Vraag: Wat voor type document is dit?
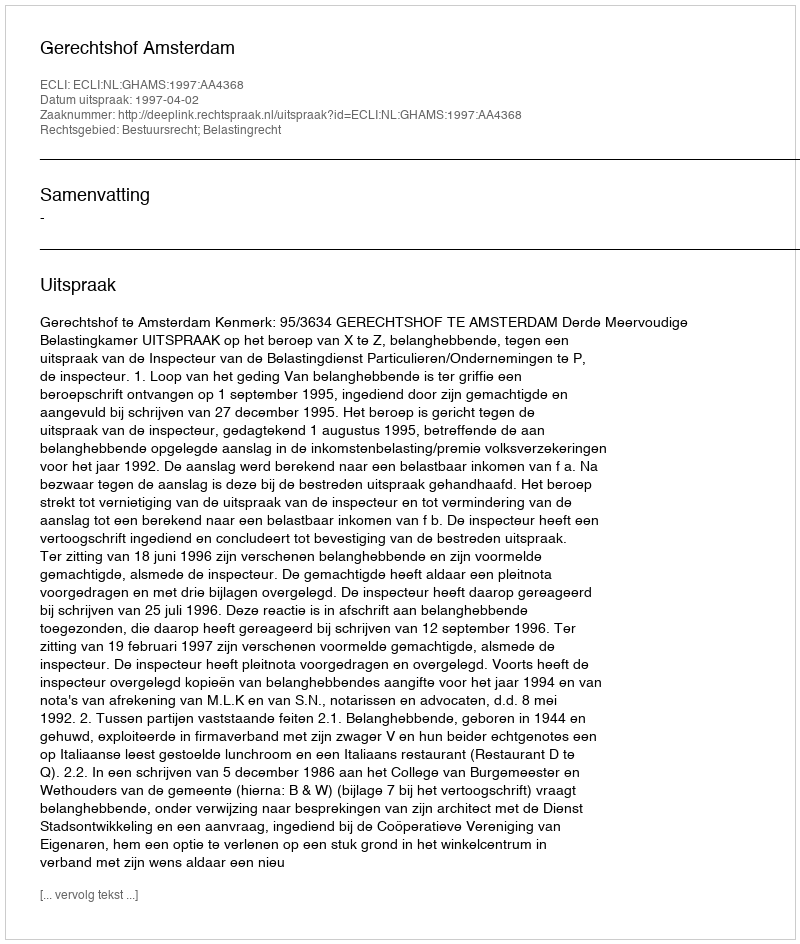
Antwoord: Uitspraak